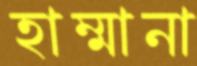
হাম্মানা